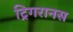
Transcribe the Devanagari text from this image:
ट्रिगरानस